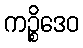
ကဉ္စိဒေဝ